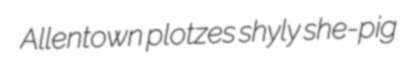
Allentown plotzes shyly she-pig